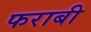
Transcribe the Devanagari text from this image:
फराबी